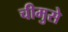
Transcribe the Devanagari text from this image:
चीमुसे